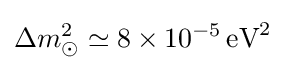
\Delta m_{\odot }^{2}\simeq 8\times 10^{-5}\,{\mbox{eV}}^{2}